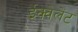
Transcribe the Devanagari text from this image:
ईक्वेलेंट